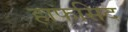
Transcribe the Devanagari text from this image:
हाफसिद